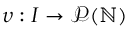
\upsilon : I \rightarrow \mathcal { P } ( \mathbb { N } )